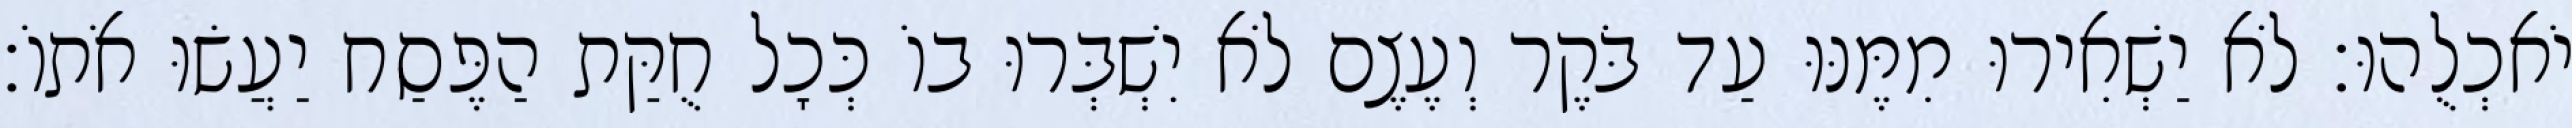
יֹאכְלֻהוּ׃ לֹא יַשְׁאִירוּ מִמֶּנּוּ עַד בֹּקֶר וְעֶצֶם לֹא יִשְׁבְּרוּ בוֹ כְּכָל חֻקַּת הַפֶּסַח יַעֲשׂוּ אֹתוֹ׃